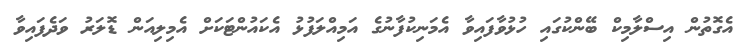
އެގޮތުން އިސްލާމިކް ބޭންކުގައި ހުޅުވާފައިވާ އެމަނިކުފާނުގެ އަމިއްލަފުޅު އެކައުންޓަކަށް އެމިލިއަން ޑޮލަރު ވަދެފައިވާ